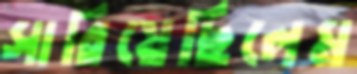
সারিয়েছিলেম